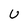
Character: U